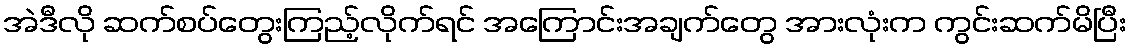
အဲဒီလို ဆက်စပ်တွေးကြည့်လိုက်ရင် အကြောင်းအချက်တွေ အားလုံးက ကွင်းဆက်မိပြီး